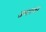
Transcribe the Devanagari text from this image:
अध्यापनक्षेत्र